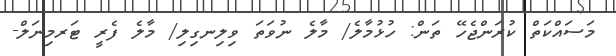
މަސައްކަތް ކުރަންޖެހޭ ތަން: ހުޅުމާލެ/ މާލެ ނުވަތަ ވިލިނގިލި/ މާލެ ފެރީ ޓަރމިނަލް-